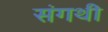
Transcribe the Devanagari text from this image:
संगथी